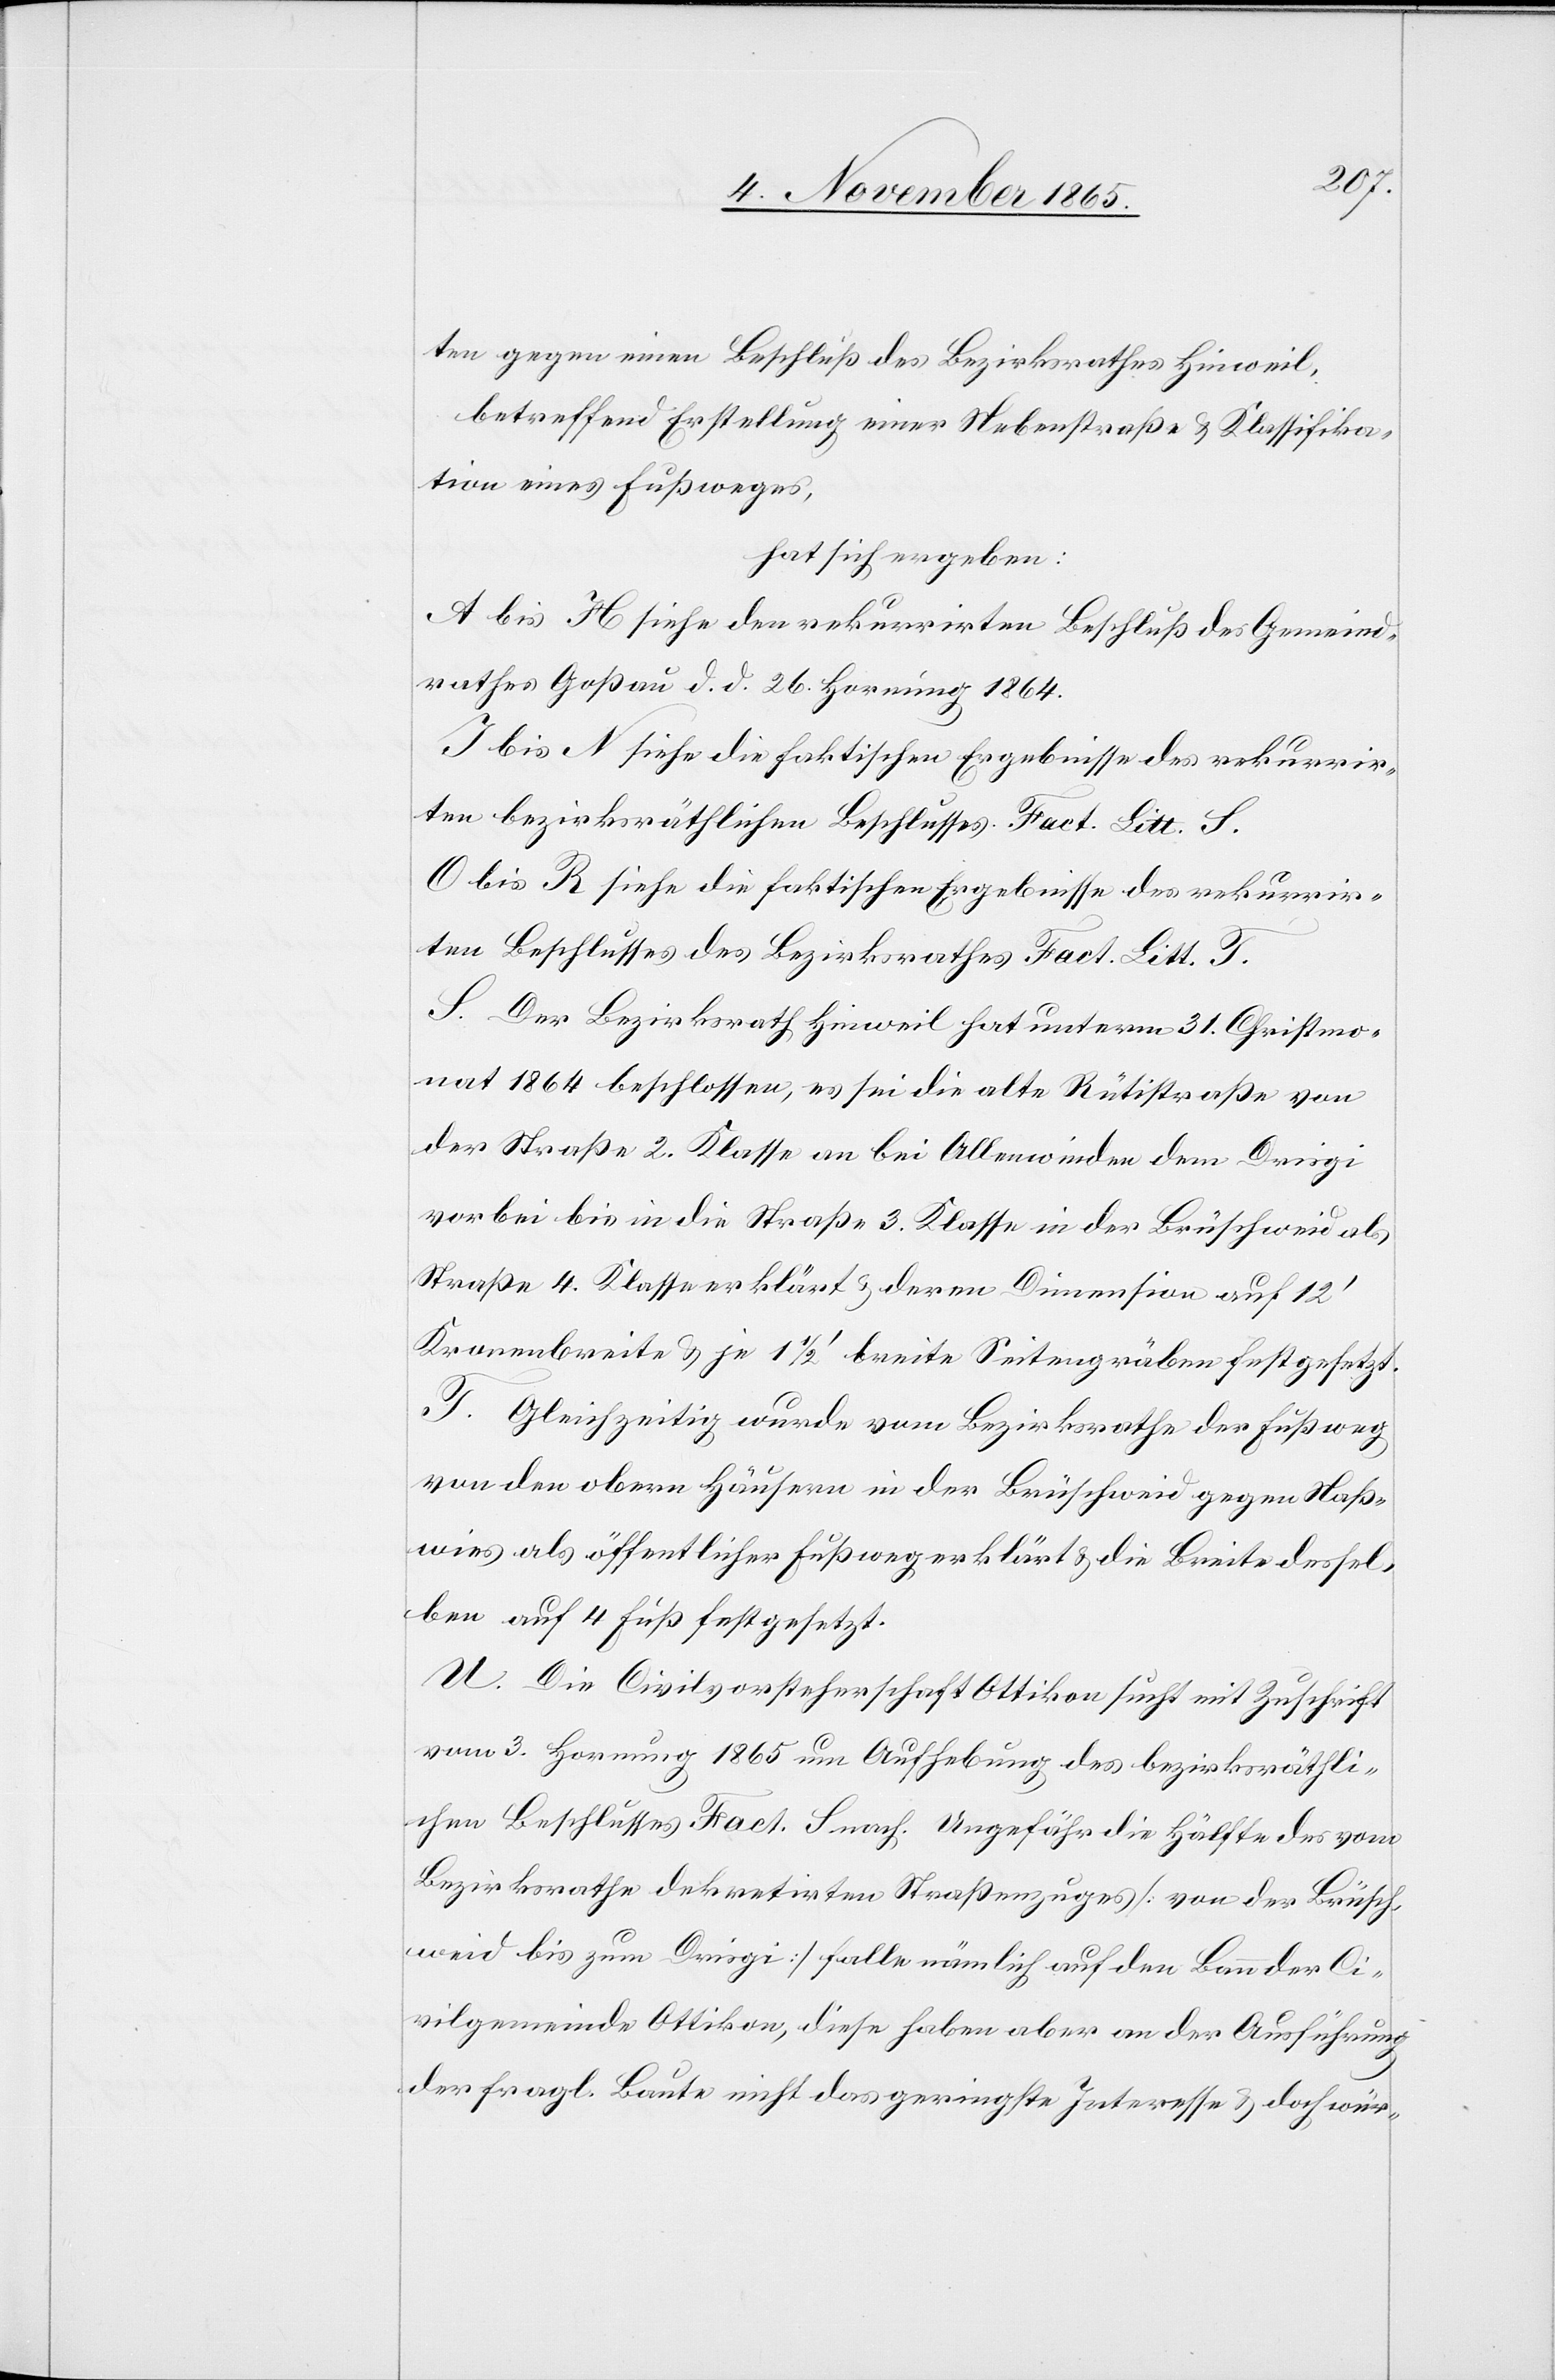
ten gegen einen Beschluß des Bezirksrathes Hinweil,
betreffend Erstellung einer Nebenstraße & Klassifika¬
tion eines Fußweges,
hat sich ergeben:
A bis H siehe den rekurrirten Beschluß des Gemeind¬
rathes Goßau d. d. 26. Hornung 1864.
I bis N siehe die faktischen Ergebnisse des rekurrir¬
ten bezirksräthlichen Beschlusses Fact. Litt. S.
O bis R siehe die faktischen Ergebnisse des rekurrir¬
ten Beschlusses des Bezirksrathes Fact. Litt. T.
S. Der Bezirksrath Hinweil hat unterm 31. Christmo¬
nat 1864 beschlossen, es sei die alte Rütistraße von
der Straße 2. Klasse an bei Allenwinden dem Drisgi
vorbei bis in die Straße 3. Klasse in der Brüschweid als
Straße 4. Klasse erklärt & deren Dimension auf 12’
Kronenbreite & je 1 1/2’ breite Seitengräben festgesetzt.
T. Gleichzeitig wurde vom Bezirksrathe der Fußweg
von den obern Häusern in der Brüschweid gegen Naß¬
wies als öffentlicher Fußweg erklärt & die Breite dessel¬
ben auf 4 Fuß festgesetzt.
U. Die Civilvorsteherschaft Ottikon sucht mit Zuschrift
vom 3. Hornung 1865 um Aufhebung des bezirksräthli¬
chen Beschlusses Fact. S nach. Ungefähr die Hälfte des vom
Bezirksrathe dekretirten Straßenzuges [von der Brüsch¬
weid bis zum Drisgi] falle nämlich auf den Bau der Ci¬
vilgemeinde Ottikon, diese habe aber an der Ausführung
der fragl. Baute nicht das geringste Interesse & doch wür-